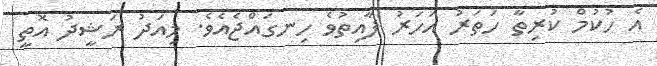
އެ ހުކުމް ކުރިތާ ހަތަރު އަހަރު ފާއިތުވެ ހިނގައްޖެއެވެ. މިއަދު ރަޝީދު އޮތީ